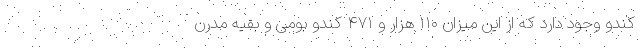
کندو وجود دارد که از این میزان ۱۱۰ هزار و ۴۷۱ کندو بومی و بقیه مدرن